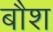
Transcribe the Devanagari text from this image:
बौश